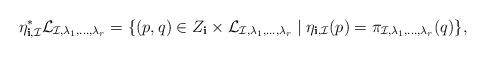
LaTeX: \begin{align*}\eta_{\bf i, \mathcal{I}}^{\ast} \mathcal{L}_{\mathcal I, \lambda_1,\dots,\lambda_r} =\{(p,q) \in Z_{\bf i} \times \mathcal{L}_{\mathcal I, \lambda_1,\dots,\lambda_r}\mid \eta_{{\bf i}, \mathcal I}(p) = \pi_{\mathcal I, \lambda_1,\dots,\lambda_r} (q)\},\end{align*}